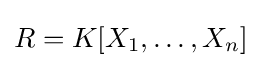
R=K[X_{1},\ldots ,X_{n}]